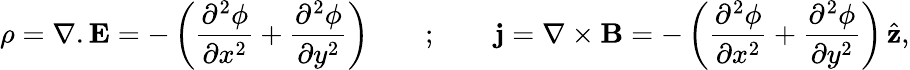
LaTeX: \rho={\mathbf\nabla}.{\mathbf E}=-\left({\frac{\partial^{2}\phi}{\partial x^{2}}}+{\frac{\partial^{2}\phi}{\partial y^{2}}}\right)\qquad;\qquad{\mathbf j}={\mathbf\nabla}\times{\mathbf B}=-\left({\frac{\partial^{2}\phi}{\partial x^{2}}}+{\frac{\partial^{2}\phi}{\partial y^{2}}}\right)\, {\hat{\mathbf z}},